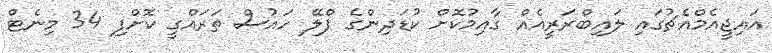
އައިޖީއެމްއެޗުގައި ލައިބްރަރީއެއް ގާއިމުކޮށް ކުޑަދިންގެ ޕްލޭ ހައުސް ތަރައްގީ ކޮށްފި 34 މިނެޓް